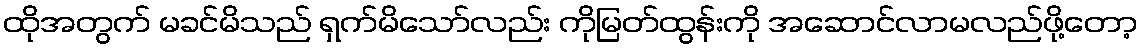
ထိုအတွက် မခင်မိသည် ရှက်မိသော်လည်း ကိုမြတ်ထွန်းကို အဆောင်လာမလည်ဖို့တော့